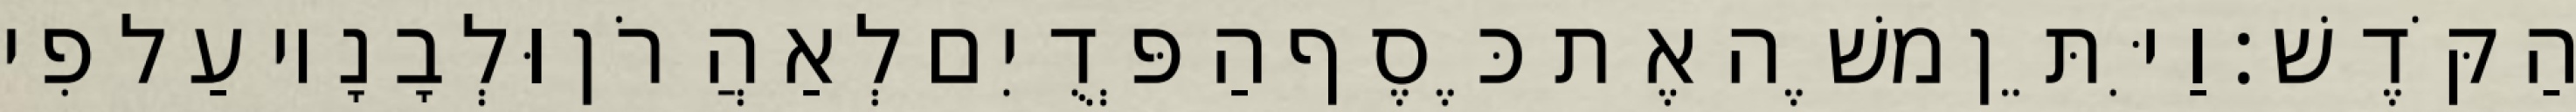
הַקֹּדֶשׁ׃ וַיִּתֵּן משֶׁה אֶת כֶּסֶף הַפְּדֻיִם לְאַהֲרֹן וּלְבָנָיו עַל פִי